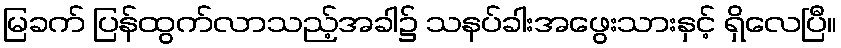
မြခက် ပြန်ထွက်လာသည့်အခါ၌ သနပ်ခါးအဖွေးသားနှင့် ရှိလေပြီ။